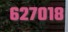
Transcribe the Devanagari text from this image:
६२७०१८